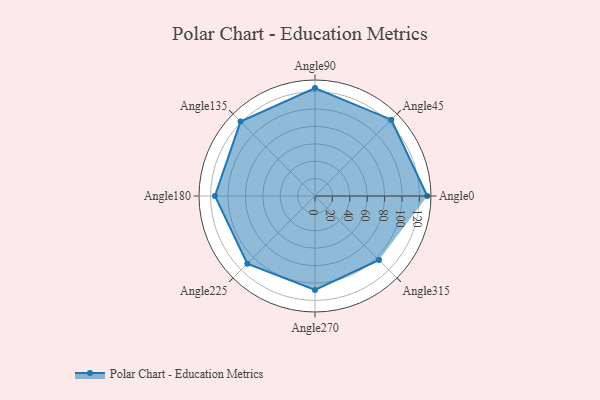
{"axis": {"x": "Angle", "y": "Radius"}, "legend": [""], "data": [{"x": "Angle0", "y": 129.0, "type": ""}, {"x": "Angle45", "y": 124.0, "type": ""}, {"x": "Angle90", "y": 124.0, "type": ""}, {"x": "Angle135", "y": 121.0, "type": ""}, {"x": "Angle180", "y": 115.0, "type": ""}, {"x": "Angle225", "y": 110.0, "type": ""}, {"x": "Angle270", "y": 108.0, "type": ""}, {"x": "Angle315", "y": 104.0, "type": ""}]}